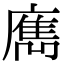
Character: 𢋄